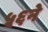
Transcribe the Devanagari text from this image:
५६ने